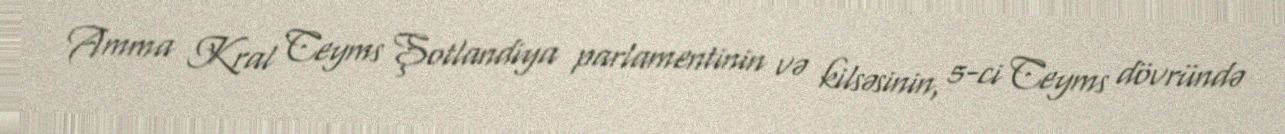
Amma Kral Ceyms Şotlandiya parlamentinin və kilsəsinin, 5-ci Ceyms dövründə